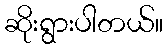
ဆိုးရွားပါတယ်။